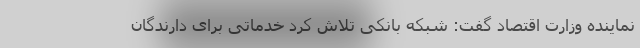
نماینده وزارت اقتصاد گفت: شبکه بانکی تلاش کرد خدماتی برای دارندگان